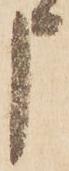
申